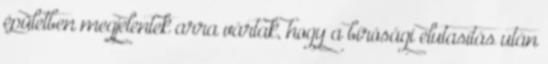
épületben megjelentek arra vártak, hogy a bírósági elutasítás után